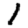
Digit: 1